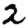
Digit: 2